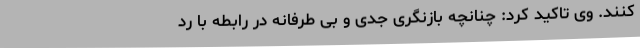
کنند. وی تاکید کرد: چنانچه بازنگری جدی و بی طرفانه در رابطه با رد